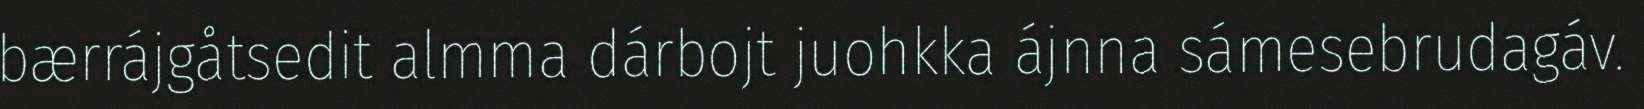
bærrájgåtsedit almma dárbojt juohkka ájnna sámesebrudagáv.